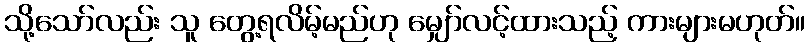
သို့သော်လည်း သူ တွေ့ရလိမ့်မည်ဟု မျှော်လင့်ထားသည့် ကားများမဟုတ်။